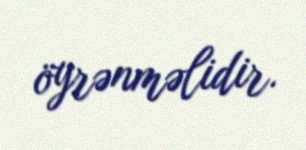
öyrənməlidir.